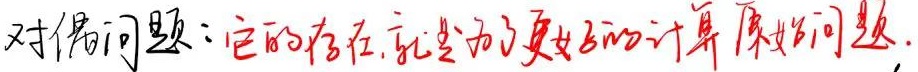
对偶问题：它的存在，就是为了更好的计算原始问题.